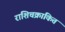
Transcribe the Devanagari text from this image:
राशिचक्रांकित